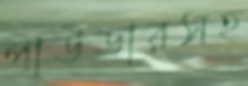
পাউডারসহ